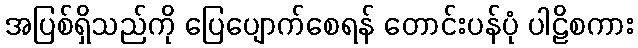
အပြစ်ရှိသည်ကို ပြေပျောက်စေရန် တောင်းပန်ပုံ ပါဠိစကား